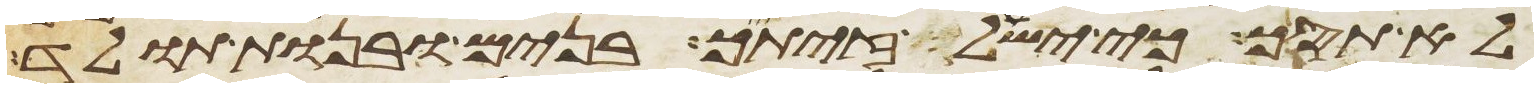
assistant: לא תסך כי ישעל זיתיך בנים ובנות תוליד